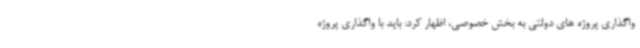
واگذاری پروژه های دولتی به بخش خصوصی، اظهار کرد: باید با واگذاری پروژه